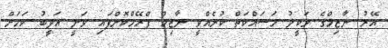
އޭރު ނާޒިމްގެ ވަކީލު މަސައްކަތް ކުރެއްވީ ނާޒިމް ފްރޭމްކޮށްފައި ވަނީ އަދީބު ކަމަށް